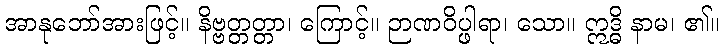
အာနုဘော်အားဖြင့်။ နိဗ္ဗတ္တတ္တာ၊ ကြောင့်။ ဉာဏဝိပ္ဖါရာ၊ သော။ ဣဒ္ဓိ နာမ၊ ၏။